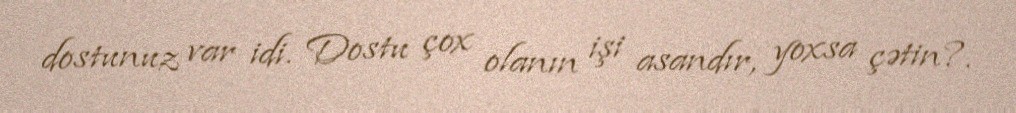
dostunuz var idi. Dostu çox olanın işi asandır, yoxsa çətin?.